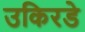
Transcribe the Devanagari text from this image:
उकिरडे